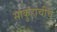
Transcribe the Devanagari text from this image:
साकुहाचीचे